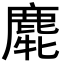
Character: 𪊯